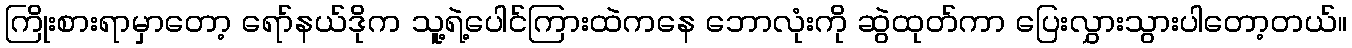
ကြိုးစားရာမှာတော့ ရော်နယ်ဒိုက သူ့ရဲ့ပေါင်ကြားထဲကနေ ဘောလုံးကို ဆွဲထုတ်ကာ ပြေးလွှားသွားပါတော့တယ်။